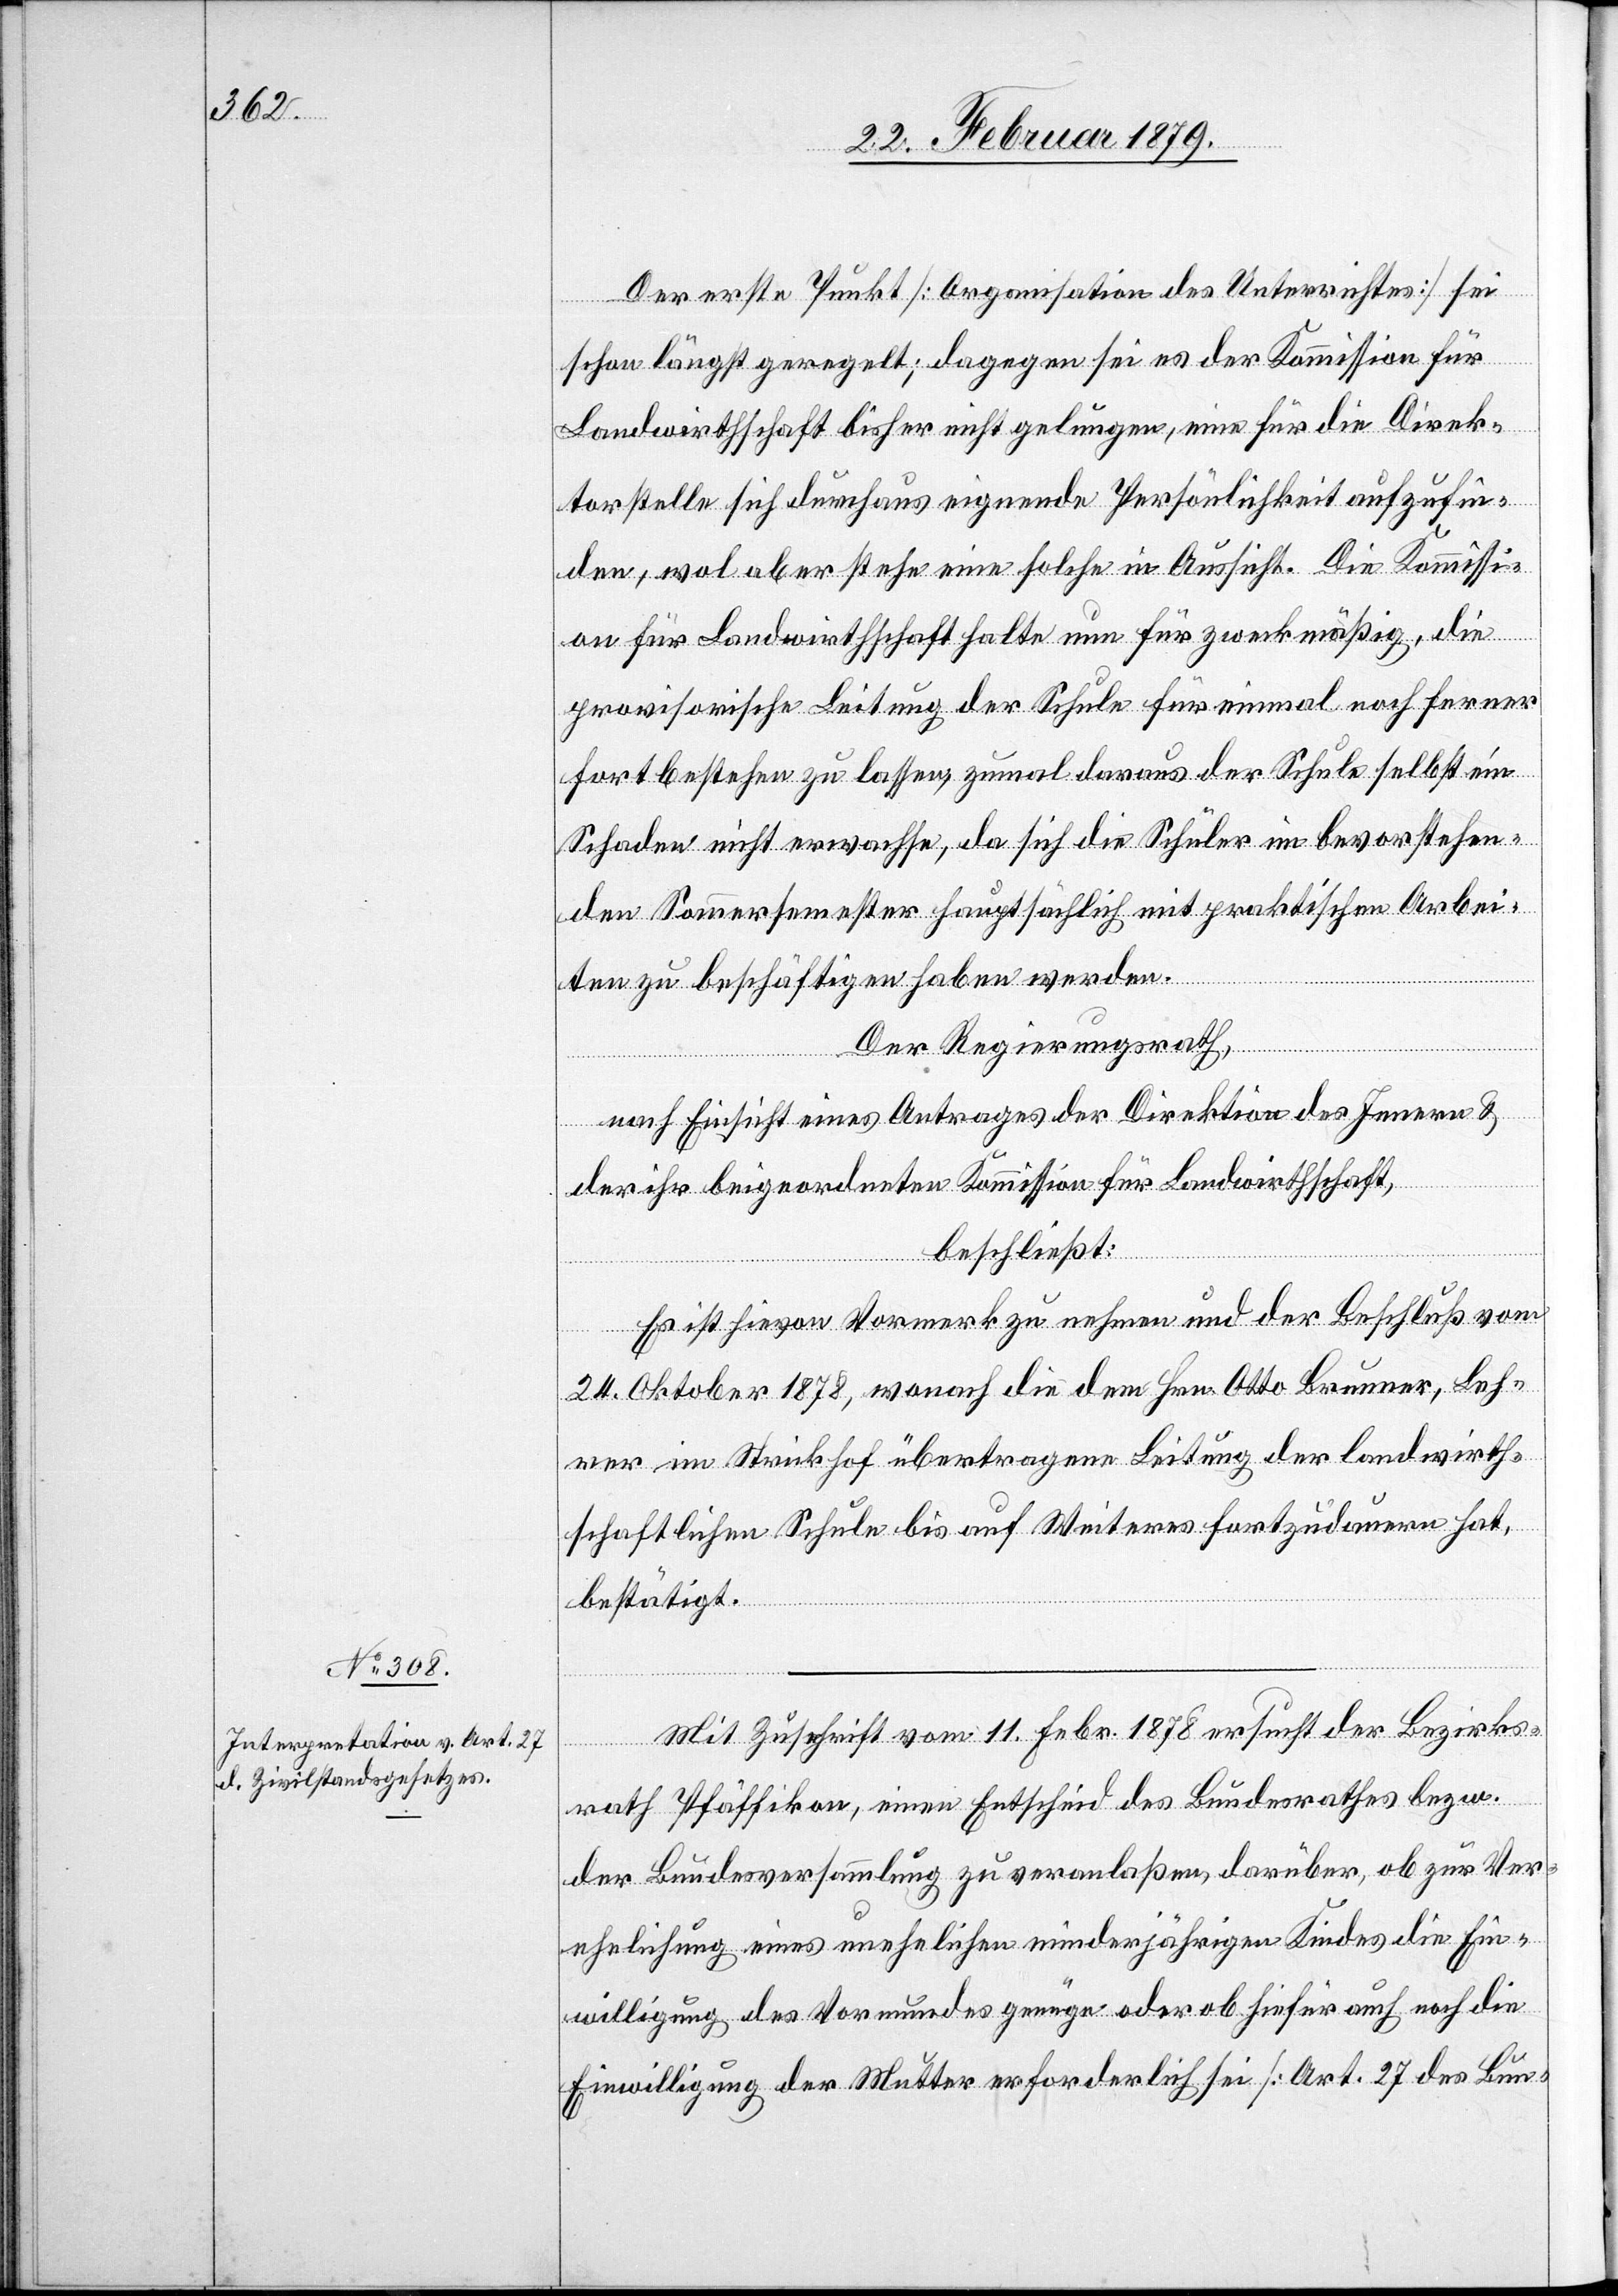
Der erste Punkt [Organisation des Unterrichtes] sei
schon längst geregelt; dagegen sei es der Kommission für
Landwirthschaft bisher nicht gelungen, eine für die Direk¬
torstelle sich durchaus eignende Persönlichkeit aufzufin¬
den, wol aber stehe eine solche in Aussicht. Die Kommissi¬
on für Landwirthschaft halte nun für zweckmäßig, die
provisorische Leitung der Schule für einmal noch ferner
fort bestehen zu lassen, zumal daraus der Schule selbst ein
Schaden nicht erwachse, da sich die Schüler im bevorstehen¬
den Sommersemester hauptsächlich mit praktischen Arbei¬
ten zu beschäftigen haben werden.
Der Regierungsrath,
nach Einsicht eines Antrages der Direktion des Innern &
der ihr beigeordneten Kommission für Landwirthschaft,
beschließt:
Es ist hievon Vormerk zu nehmen und der Beschluß vom
24. Oktober 1878, wonach die dem Hrn. Otto Baumer, Leh¬
rer im Strickhof übertragene Leitung der landwirth¬
schaftlichen Schule bis auf Weiteres fortzudauern hat,
bestätigt.
Mit Zuschrift vom 11. Febr. 1878 ersucht der Bezirks¬
rath Pfäffikon, einen Entscheid des Bundesrathes bezw.
der Bundesversammlung zu veranlaßen darüber, ob zur Ver¬
ehelichung eines unehelichen minderjährigen Kindes die Ein¬
willigung des Vormundes genüge oder ob hiefür auch noch die
Einwilligung der Mutter erforderlich sei [Art. 27 des Bund-